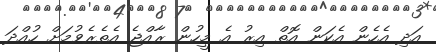
އަދި އެހެން އެކަން އޮތް އިރު އެ މީހުން ރާއްޖެ އެތެރެވުމަށް ހުއްދަ